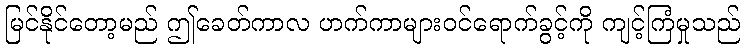
မြင်နိုင်တော့မည် ဤခေတ်ကာလ ဟက်ကာများဝင်ရောက်ခွင့်ကို ကျင့်ကြံမှုသည်